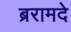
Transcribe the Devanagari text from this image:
ब्ररामदे